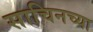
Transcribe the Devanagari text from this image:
साचिनच्या